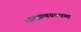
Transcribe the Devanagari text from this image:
लाघुप्रणयकाव्य